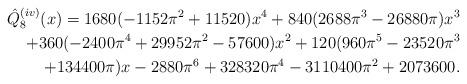
LaTeX: \begin{align*}\hat{Q}_8^{(iv)}(x)= 1680(-1152\pi^2+11520) x^4+840(2688\pi^3-26880\pi) x^3\\+360(-2400\pi^4+29952\pi^2-57600) x^2+120(960\pi^5-23520\pi^3\\+134400\pi) x-2880\pi^6+328320\pi^4-3110400\pi^2+2073600.\end{align*}